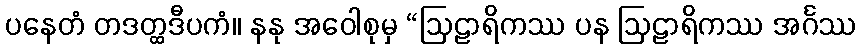
ပနေတံ တဒတ္ထဒီပကံ။ နနု အဝေါစုမှ “ဩဠာရိကဿ ပန ဩဠာရိကဿ အင်္ဂဿ